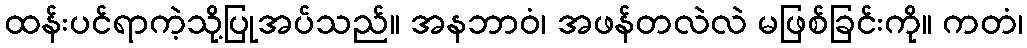
ထန်းပင်ရာကဲ့သို့ပြုအပ်သည်။ အနဘာဝံ၊ အဖန်တလဲလဲ မဖြစ်ခြင်းကို။ ကတံ၊